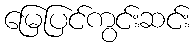
မြေပြင်ကွင်းဆင်း